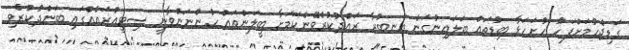
ގަޑިޖެހުމަށްފަހު ހުށަހަޅާ ބިޑުތައް ބަލައިނުގަނެ އަނބުރާ ރައްދުކުރެވޭނެކަމަށާ ބީލަންތައް ހުންނަންވާނީ ސިޓީއުރައެއްގައި ބަންދުކުރެވި